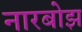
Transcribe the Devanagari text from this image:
नारबोझ